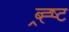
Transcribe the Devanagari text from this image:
ब्र्ह्ष्ट